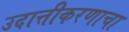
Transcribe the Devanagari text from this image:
उदात्तीकरणाचा